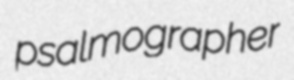
psalmographer